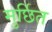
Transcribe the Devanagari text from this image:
मुर्छित